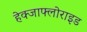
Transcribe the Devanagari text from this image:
हेक्जाफ्लोराइड